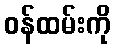
ဝန်ထမ်းကို